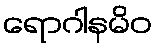
ရောဂါနမိဝ